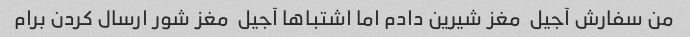
من سفارش آجیل  مغز شیرین دادم اما اشتباها آجیل  مغز شور ارسال کردن برام